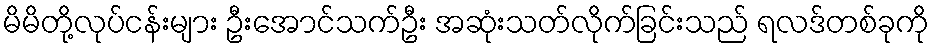
မိမိတို့လုပ်ငန်းများ ဦးအောင်သက်ဦး အဆုံးသတ်လိုက်ခြင်းသည် ရလဒ်တစ်ခုကို